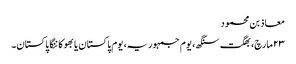
معاذ بن محمود
۲۳ مارچ، بھگت سنگھ، یوم جمہوریہ، یوم پاکستان یا بھوکا ننگا پاکستان۔